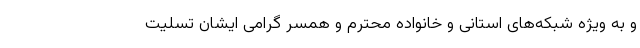
و به ویژه شبکه‌های استانی و خانواده محترم و همسر گرامی ایشان تسلیت